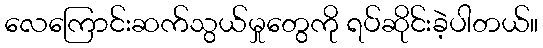
လေကြောင်းဆက်သွယ်မှုတွေကို ရပ်ဆိုင်းခဲ့ပါတယ်။